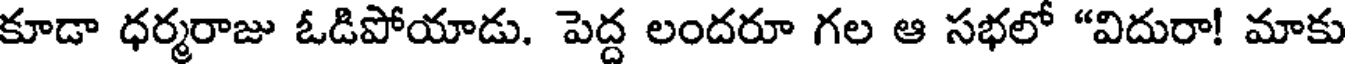
కూడా ధర్మరాజు ఓడిపోయాడు. పెద్ద లందరూ గల ఆ సభలో "విదురా! మాకు